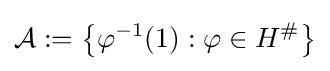
{\mathcal {A}}:=\left\{\varphi ^{-1}(1):\varphi \in H^{\#}\right\}